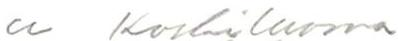
u Koskiluoma